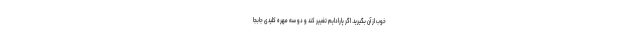
خوب از آن بگیرید. اگر پارادایم تغییر کند و دو سه مهره کلیدی جابجا